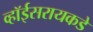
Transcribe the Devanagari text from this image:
व्हॉईसरायकडे